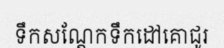
ទឹកសណ្តែកទឹកដៅគោជូរ